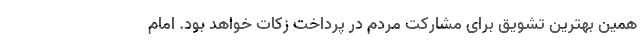
همین بهترین تشویق برای مشارکت مردم در پرداخت زکات خواهد بود. امام